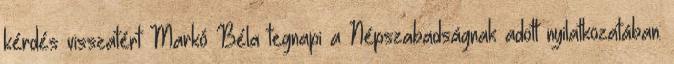
kérdés visszatért Markó Béla tegnapi a Népszabadságnak adott nyilatkozatában: